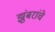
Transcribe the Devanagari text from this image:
झुंबरांचे